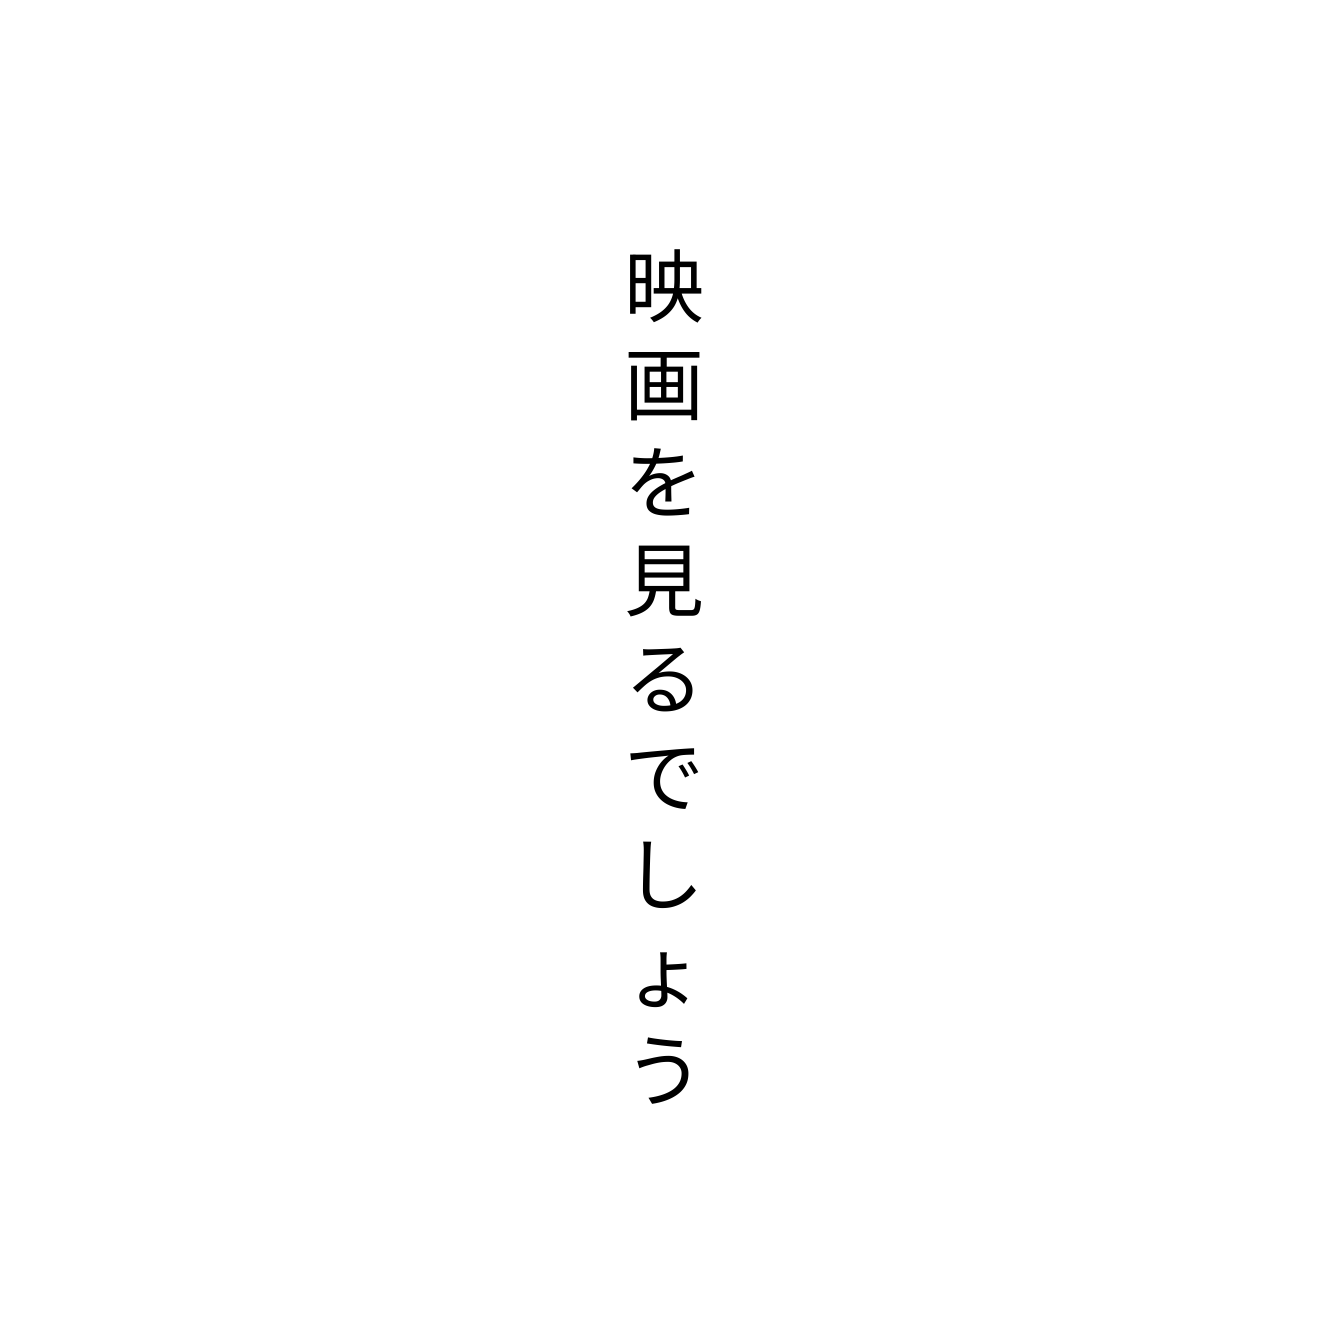
映画を見るでしょう